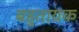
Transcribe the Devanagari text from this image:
बहुतायक